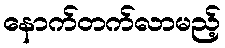
နောက်တက်လာမည့်